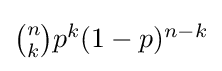
{\textstyle {\binom {n}{k}}p^{k}(1-p)^{n-k}}